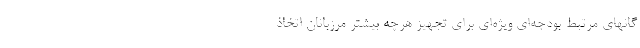
گانهای مرتبط بودجه‌ای ویژه‌ای برای تجهیز هرچه بیشتر مرزبانان اتخاذ